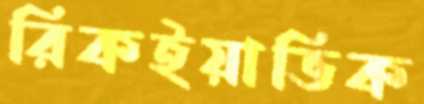
রিকইয়াভিক